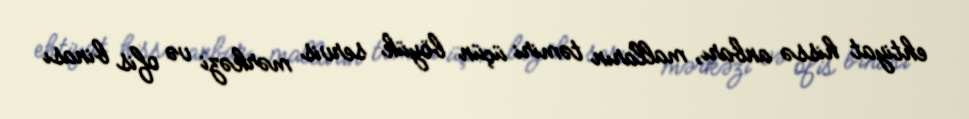
ehtiyat hissə anbarı, malların təmiri üçün böyük servis mərkəzi və ofis binası